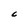
Character: C